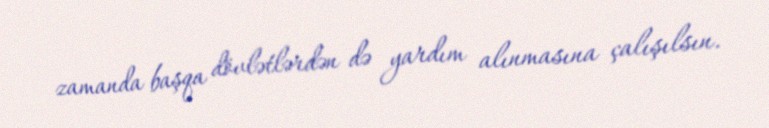
zamanda başqa dövlətlərdən də yardım alınmasına çalışılsın.